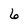
Character: 6